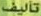
تأليف